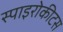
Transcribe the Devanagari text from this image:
स्पाइरोकीटस